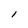
Character: I